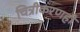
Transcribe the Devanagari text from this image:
चित्रीकरणही